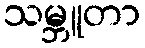
သမ္ဘူတာ